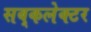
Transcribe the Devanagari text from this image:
सब्‌कलेक्टर